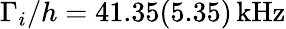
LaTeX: \Gamma_{i}/h=41.35(5.35)\, \mathrm{{kHz}}